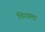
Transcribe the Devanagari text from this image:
चिरडला